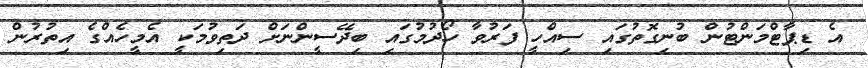
އެ ޑިޕާޓްމަންޓުން ބުނިގޮތުގައި ސިއްހީ ފަރުވާ ހޯދުމުގައި ބިދޭސީންނަށް ދަތިވުމަކީ އެމީހެއްގެ އިތުރުން